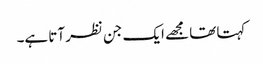
کہتا تھا مجھے ایک جن نظر آتا ہے۔